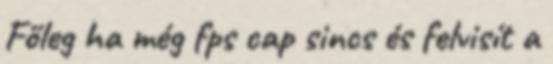
Főleg ha még fps cap sincs és felvisít a